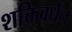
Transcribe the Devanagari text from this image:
शक्तिवर्धन